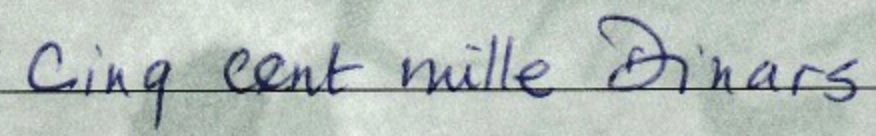
cinq cent mille Dinars